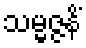
သမ္မဇ္ဇနိံ